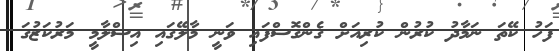
ފަހު ކޭތަ ނަމާދު ކުރުން ކުރިއަށް ގެންގޮސްފައި ވަނީ މާލޭގައި އިސްލާމީ މަރުކަޒުގަ